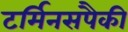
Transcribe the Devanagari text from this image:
टर्मिनसपैकी